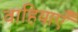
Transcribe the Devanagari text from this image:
वाहियाएँ